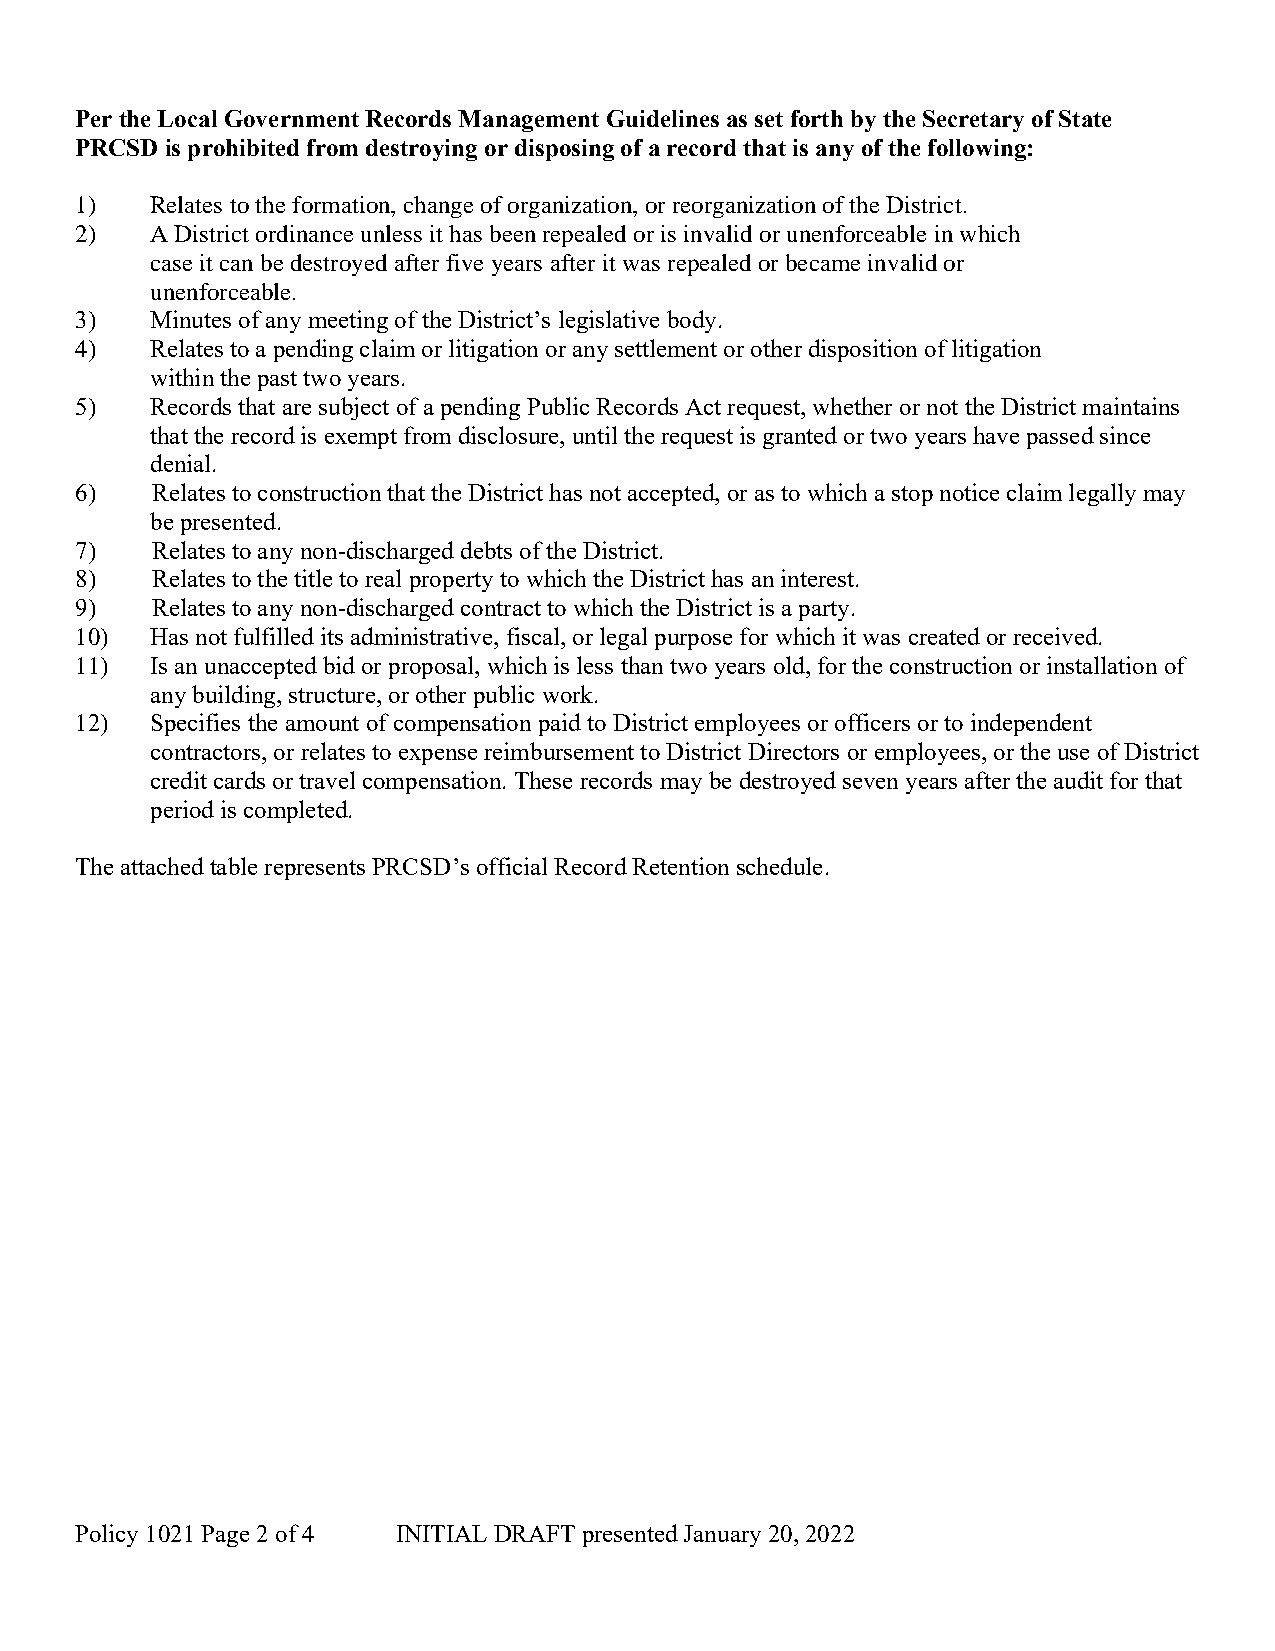
Per the Local Government Records Management Guidelines as set forth by the Secretary of State
 PRCSD is prohibited from destroying or disposing of a record that is any of the following:
 1)   Relates to the formation, change of organization, or reorganization of the District.
 2)   A District ordinance unless it has been repealed or is invalid or unenforceable in which
 case it can be destroyed after five years after it was repealed or became invalid or
 unenforceable.
 3)   Minutes of any meeting of the District’s legislative body.
 4)   Relates to a pending claim or litigation or any settlement or other disposition of litigation
 within the past two years.
 5)   Records that are subject of a pending Public Records Act request, whether or not the District maintains
 that the record is exempt from disclosure, until the request is granted or two years have passed since
 denial.
 6)   Relates to construction that the District has not accepted, or as to which a stop notice claim legally may
 be presented.
 7)   Relates to any non-discharged debts of the District.
 8)   Relates to the title to real property to which the District has an interest.
 9)   Relates to any non-discharged contract to which the District is a party.
 10)  Has not fulfilled its administrative, fiscal, or legal purpose for which it was created or received.
 11)  Is an unaccepted bid or proposal, which is less than two years old, for the construction or installation of
 any building, structure, or other public work.
 12)  Specifies the amount of compensation paid to District employees or officers or to independent
 contractors, or relates to expense reimbursement to District Directors or employees, or the use of District
 credit cards or travel compensation. These records may be destroyed seven years after the audit for that
 period is completed.
 The attached table represents PRCSD’s official Record Retention schedule.
 Policy 1021 Page 2 of 4 INITIAL DRAFT presented January 20, 2022